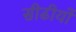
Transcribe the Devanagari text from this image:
सीढीयों